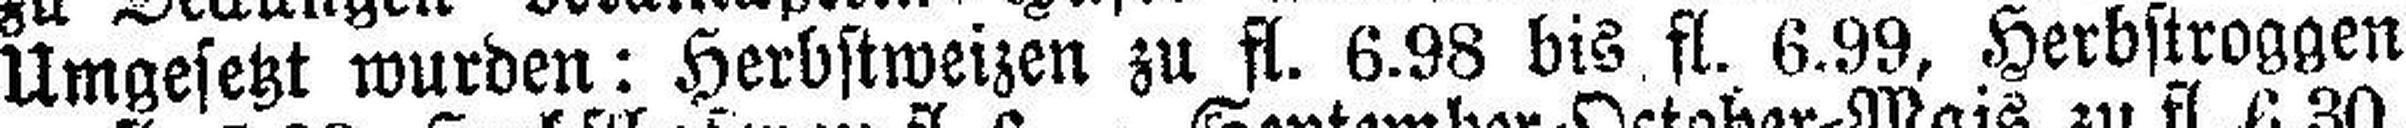
Umgesetzt wurden: Herbstweizen zu fl. 6.98 bis fl. 6.99, Herbstroggen